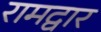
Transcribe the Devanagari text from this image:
रामद्वार